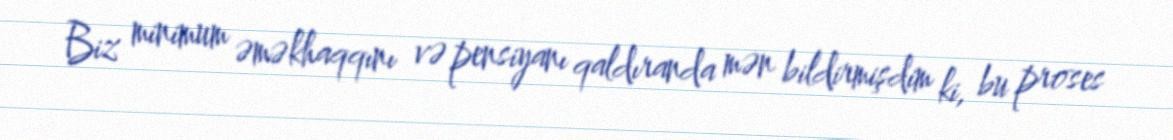
Biz minimum əməkhaqqını və pensiyanı qaldıranda mən bildirmişdim ki, bu proses